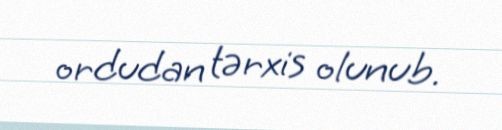
ordudan tərxis olunub.